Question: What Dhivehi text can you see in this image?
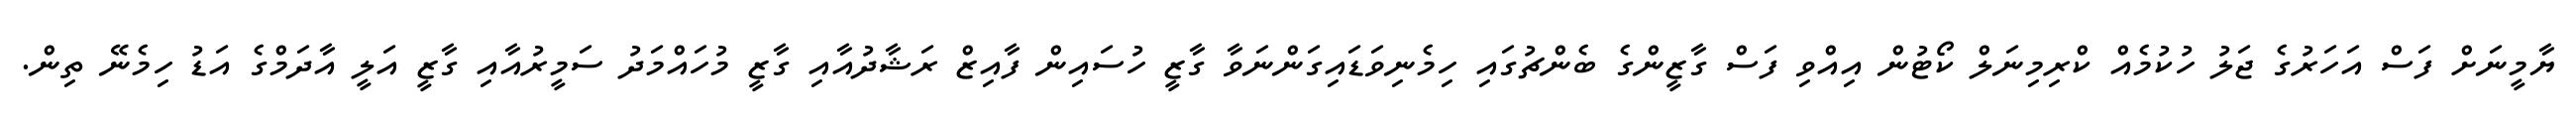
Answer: ޔާމީނަށް ފަސް އަހަރުގެ ޖަލު ހުކުމެއް ކްރިމިނަލް ކޯޓުން އިއްވި ފަސް ގާޒީންގެ ބެންޗުގައި ހިމެނިވަޑައިގަންނަވާ ގާޒީ ހުސައިން ފާއިޒް ރަޝާދުއާއި ގާޒީ މުހައްމަދު ސަމީރުއާއި ގާޒީ އަލީ އާދަމްގެ އަޑު ހިމެނޭ ތިން.